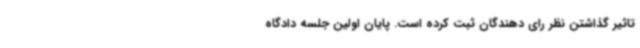
تاثیر گذاشتن نظر رای دهندگان ثبت کرده است. پایان اولین جلسه دادگاه